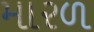
મારળ